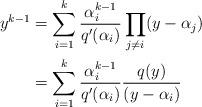
LaTeX: \begin{align*} y^{k-1}&=\sum_{i=1}^{k}\frac{\alpha_i^{k-1}}{q'(\alpha_i)}\prod_{j\neq i}(y-\alpha_j)\\ &=\sum_{i=1}^{k}\frac{\alpha_i^{k-1}}{q'(\alpha_i)}\frac{q(y)}{(y-\alpha_i)}\end{align*}